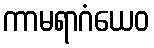
ကာမရာဂံယေဝ